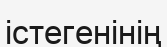
істегенінің